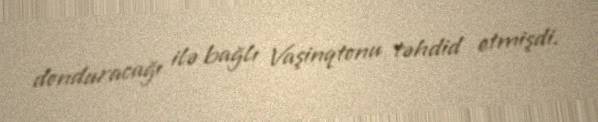
donduracağı ilə bağlı Vaşinqtonu təhdid etmişdi.